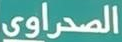
الصحراوي